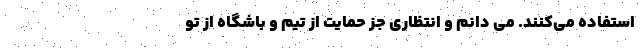
استفاده می‌کنند. می دانم و انتظاری جز حمایت از تیم و باشگاه از تو